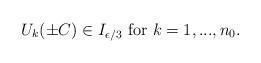
LaTeX: \begin{align*}U_k(\pm C)\in I_{\epsilon/3} \mbox{ for } k=1,..., n_0.\end{align*}